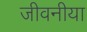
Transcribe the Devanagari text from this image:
जीवनीया